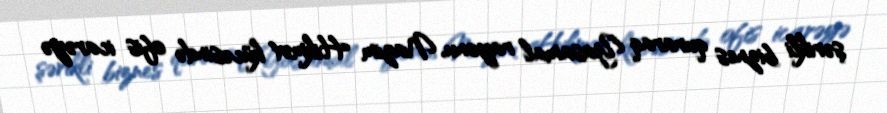
şərikli biznes quraraq Yasamal rayonu, Nazim Hikmət kücəsində ofis icarəyə